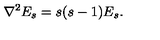
{ \nabla ^ { 2 } E _ { s } = s ( s - 1 ) E _ { s } . }